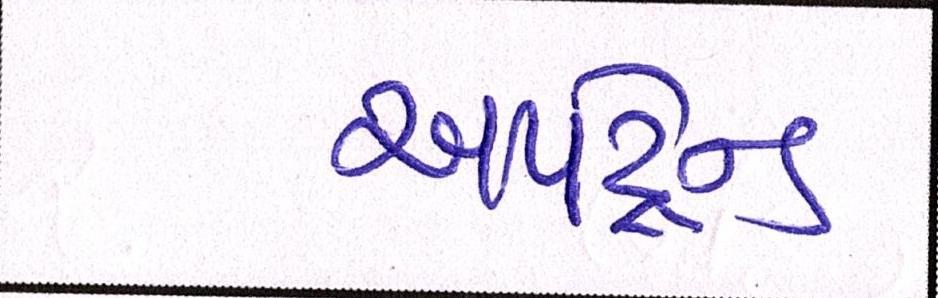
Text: અપટ્રેન્ડ